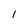
Character: 1